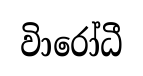
විාරෝධී